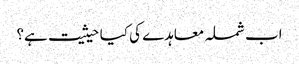
اب شملہ معاہدے کی کیا حیثیت ہے؟